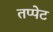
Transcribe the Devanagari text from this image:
तप्पेट